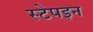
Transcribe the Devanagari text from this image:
स्टेपइन